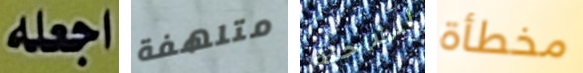
اجعله متلهفة للشاحنة مخطأة